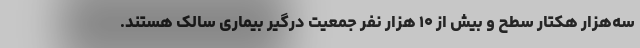
سه‌هزار هکتار سطح و بیش از ۱۰ هزار نفر جمعیت درگیر بیماری سالک هستند.